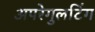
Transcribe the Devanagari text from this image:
अपरेगुलटिंग